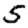
Digit: 5